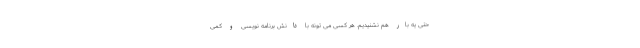
حتی یه بار هم نشنیدیم. هر کسی می تونه با دانش برنامه­ نویسی و کمی